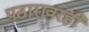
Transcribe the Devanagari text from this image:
पठारावरही